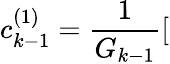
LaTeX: c_{k-1}^{(1)}=\frac{1}{G_{k-1}}[